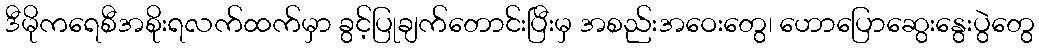
ဒီမိုကရေစီအစိုးရလက်ထက်မှာ ခွင့်ပြုချက်တောင်းပြီးမှ အစည်းအဝေးတွေ၊ ဟောပြောဆွေးနွေးပွဲတွေ